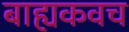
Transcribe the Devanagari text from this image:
बाह्यकवच